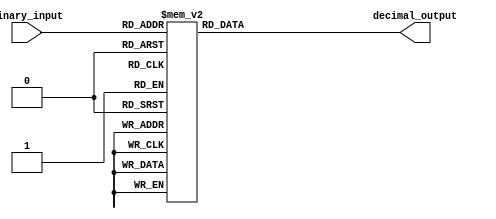
module bcd_decoder(
    input [3:0] binary_input,
    output reg [6:0] decimal_output
);

always @(*)
begin
    case(binary_input)
        4'b0000: decimal_output = 7'b1000000; // 0
        4'b0001: decimal_output = 7'b1111001; // 1
        4'b0010: decimal_output = 7'b0100100; // 2
        4'b0011: decimal_output = 7'b0110000; // 3
        4'b0100: decimal_output = 7'b0011001; // 4
        4'b0101: decimal_output = 7'b0010010; // 5
        4'b0110: decimal_output = 7'b0000010; // 6
        4'b0111: decimal_output = 7'b1111000; // 7
        4'b1000: decimal_output = 7'b0000000; // 8
        4'b1001: decimal_output = 7'b0010000; // 9
        default:   decimal_output = 7'b1111111; // off
    endcase
end

endmodule